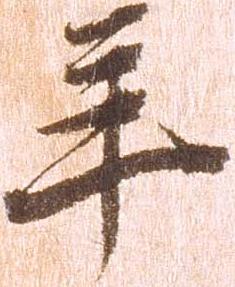
年